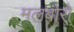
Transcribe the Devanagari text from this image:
मलबोरो